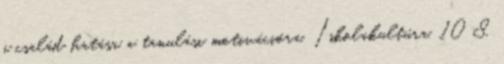
a család hatása a tanulási motivációra. Iskolakultúra, 10 8.